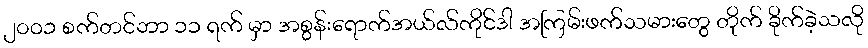
၂၀၀၁ စက်တင်ဘာ ၁၁ ရက် မှာ အစွန်းရောက်အယ်လ်ကိုင်ဒါ အကြမ်းဖက်သမားတွေ တိုက် ခိုက်ခဲ့သလို